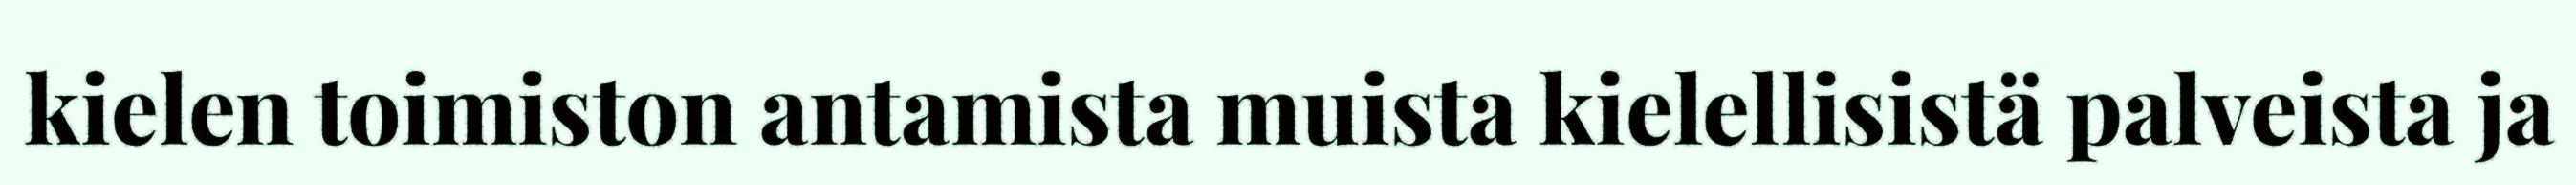
kielen toimiston antamista muista kielellisistä palveista ja